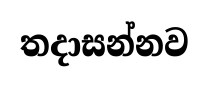
තදාසන්නව